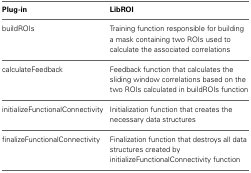
<table><thead><tr><td><b>Plug-in</b></td><td><b>LibROI</b></td></tr></thead><tbody><tr><td>buildROIs</td><td>Training function responsible for building a mask containing two ROIs used to calculate the associated correlations</td></tr><tr><td>calculateFeedback</td><td>Feedback function that calculates the sliding window correlations based on the two ROIs calculated in buildROIs function</td></tr><tr><td>initializeFunctionalConnectivity</td><td>Initialization function that creates the necessary data structures</td></tr><tr><td>finalizeFunctionalConnectivity</td><td>Finalization function that destroys all data structures created by initializeFunctionalConnectivity function</td></tr></tbody></table>